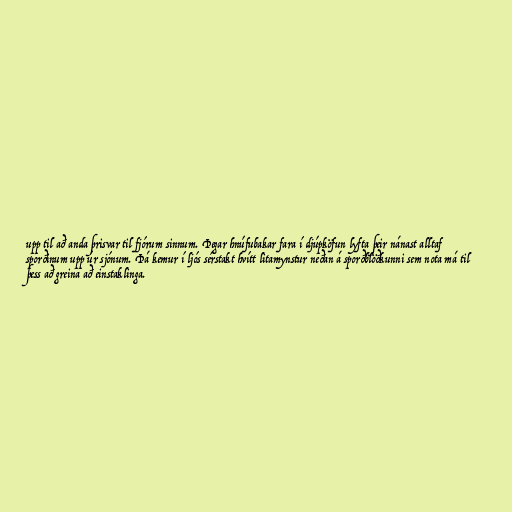
upp til að anda þrisvar til fjórum sinnum. Þegar hnúfubakar fara í djúpköfun lyfta þeir nánast alltaf
sporðinum upp úr sjónum. Þá kemur í ljós sérstakt hvítt litamynstur neðan á sporðblöðkunni sem nota má til
þess að greina að einstaklinga.